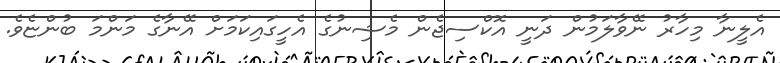
އެލީނާ މިހާރު ނޭވާލަމުން ދަނީ އޮކްސިޖެން މެޝިނުގެ އެހީގައިކަމަށް އޭނާގެ މަންމަ ބުންޏެެވެ.